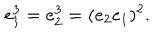
e _ { 1 } ^ { 3 } = e _ { 2 } ^ { 3 } = ( e _ { 2 } e _ { 1 } ) ^ { 2 } .